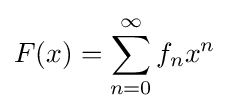
F(x)=\sum _{n=0}^{\infty }f_{n}x^{n}